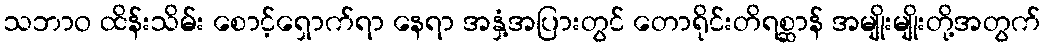
သဘာဝ ထိန်းသိမ်း စောင့်ရှောက်ရာ နေရာ အနှံ့အပြားတွင် တောရိုင်းတိရစ္ဆာန် အမျိုးမျိုးတို့အတွက်